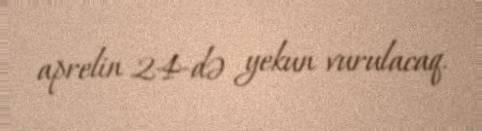
aprelin 24-də yekun vurulacaq.